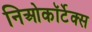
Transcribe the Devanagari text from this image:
निओकॉर्टेक्स